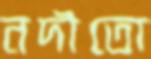
নদীতো